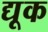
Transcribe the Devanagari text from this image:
द्यूक